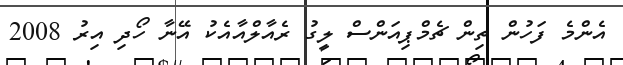
އެންމެ ފަހުން ތިން ޗެމްޕިއަންސް ލީގު ރެއާލްއާއެކު އޭނާ ހޯދި އިރު 2008